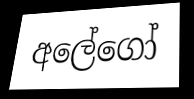
අලේගෝ